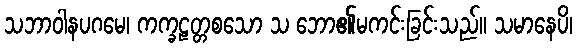
သဘာဝါနပဂမေ၊ ကက္ခဠတ္တစသော သ ဘော၏မကင်းခြင်းသည်။ သမာနေပိ၊